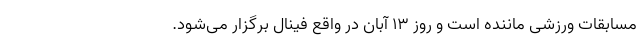
مسابقات ورزشی ماننده است و روز 13 آبان در واقع فینال برگزار می‌شود.